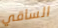
الساقي